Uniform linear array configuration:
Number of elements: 16
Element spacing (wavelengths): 1
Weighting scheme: cosine
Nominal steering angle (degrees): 0
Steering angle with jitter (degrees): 0.01862
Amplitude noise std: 0.05
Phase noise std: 0.05

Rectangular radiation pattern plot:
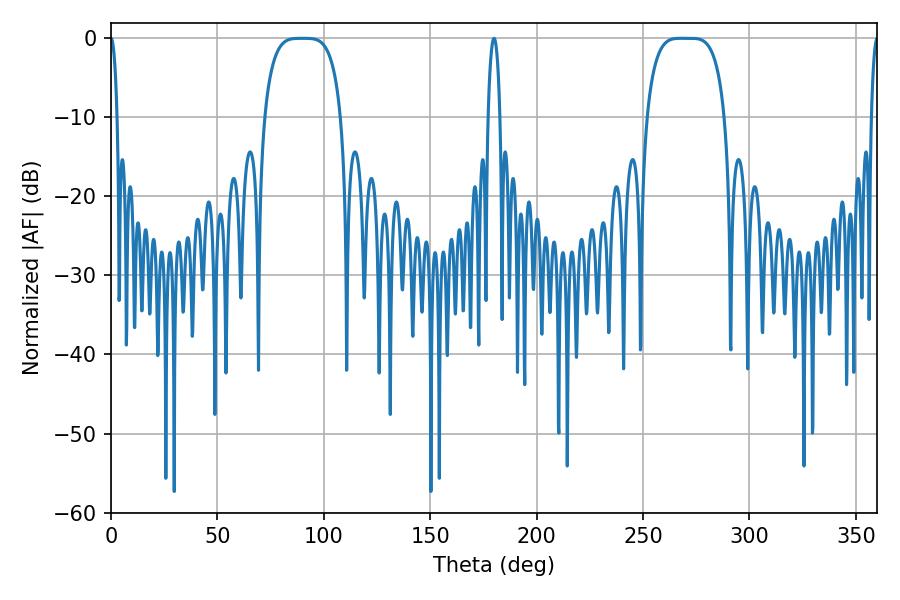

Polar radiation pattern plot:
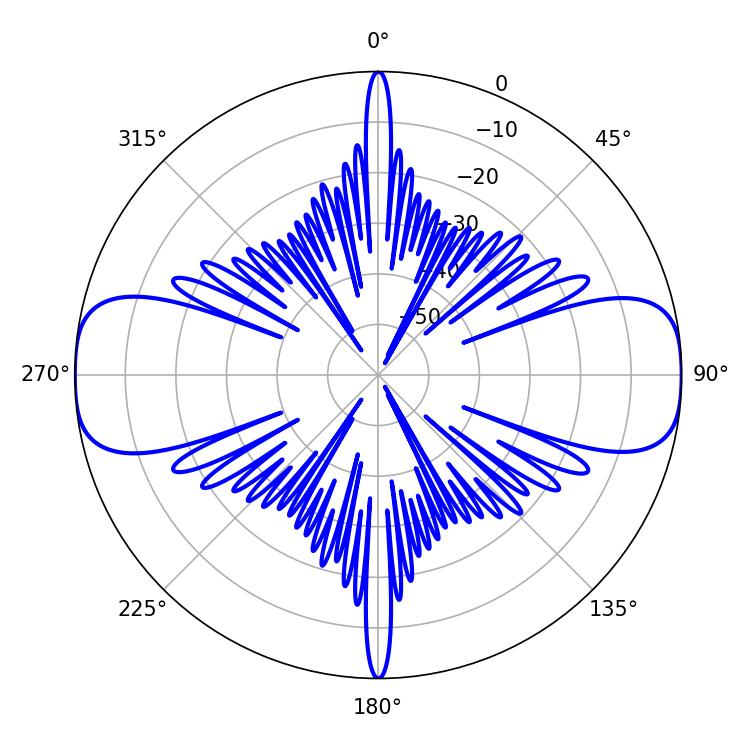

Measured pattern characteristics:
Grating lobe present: TRUE
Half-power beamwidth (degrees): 27.72
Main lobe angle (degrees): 268.02